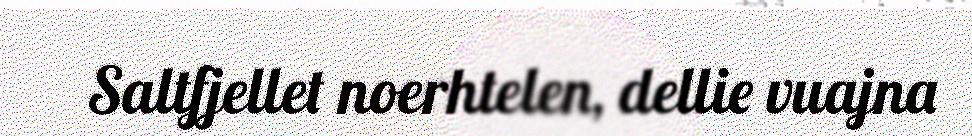
Saltfjellet noerhtelen, dellie vuajna